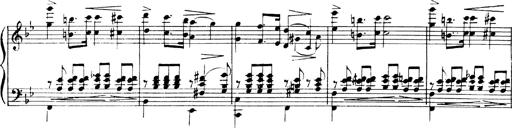
Title: Andante Finale und Marsch aus der Oper KÃ¶nig Alfred
Composer: Franz Liszt